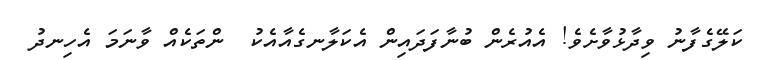
ކަލޭގެފާނު ވިދާޅުވާށެވެ! އެއުރެން ބުނާފަދައިން އެކަލާނގެއާއެކު  ންތަކެއް ވާނަމަ އެހިނދު